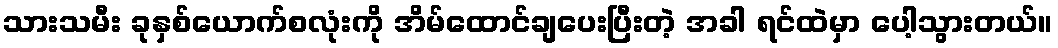
သားသမီး ခုနှစ်ယောက်စလုံးကို အိမ်ထောင်ချပေးပြီးတဲ့ အခါ ရင်ထဲမှာ ပေါ့သွားတယ်။